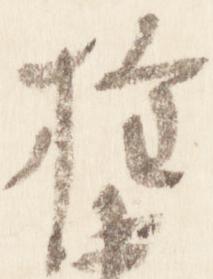
権